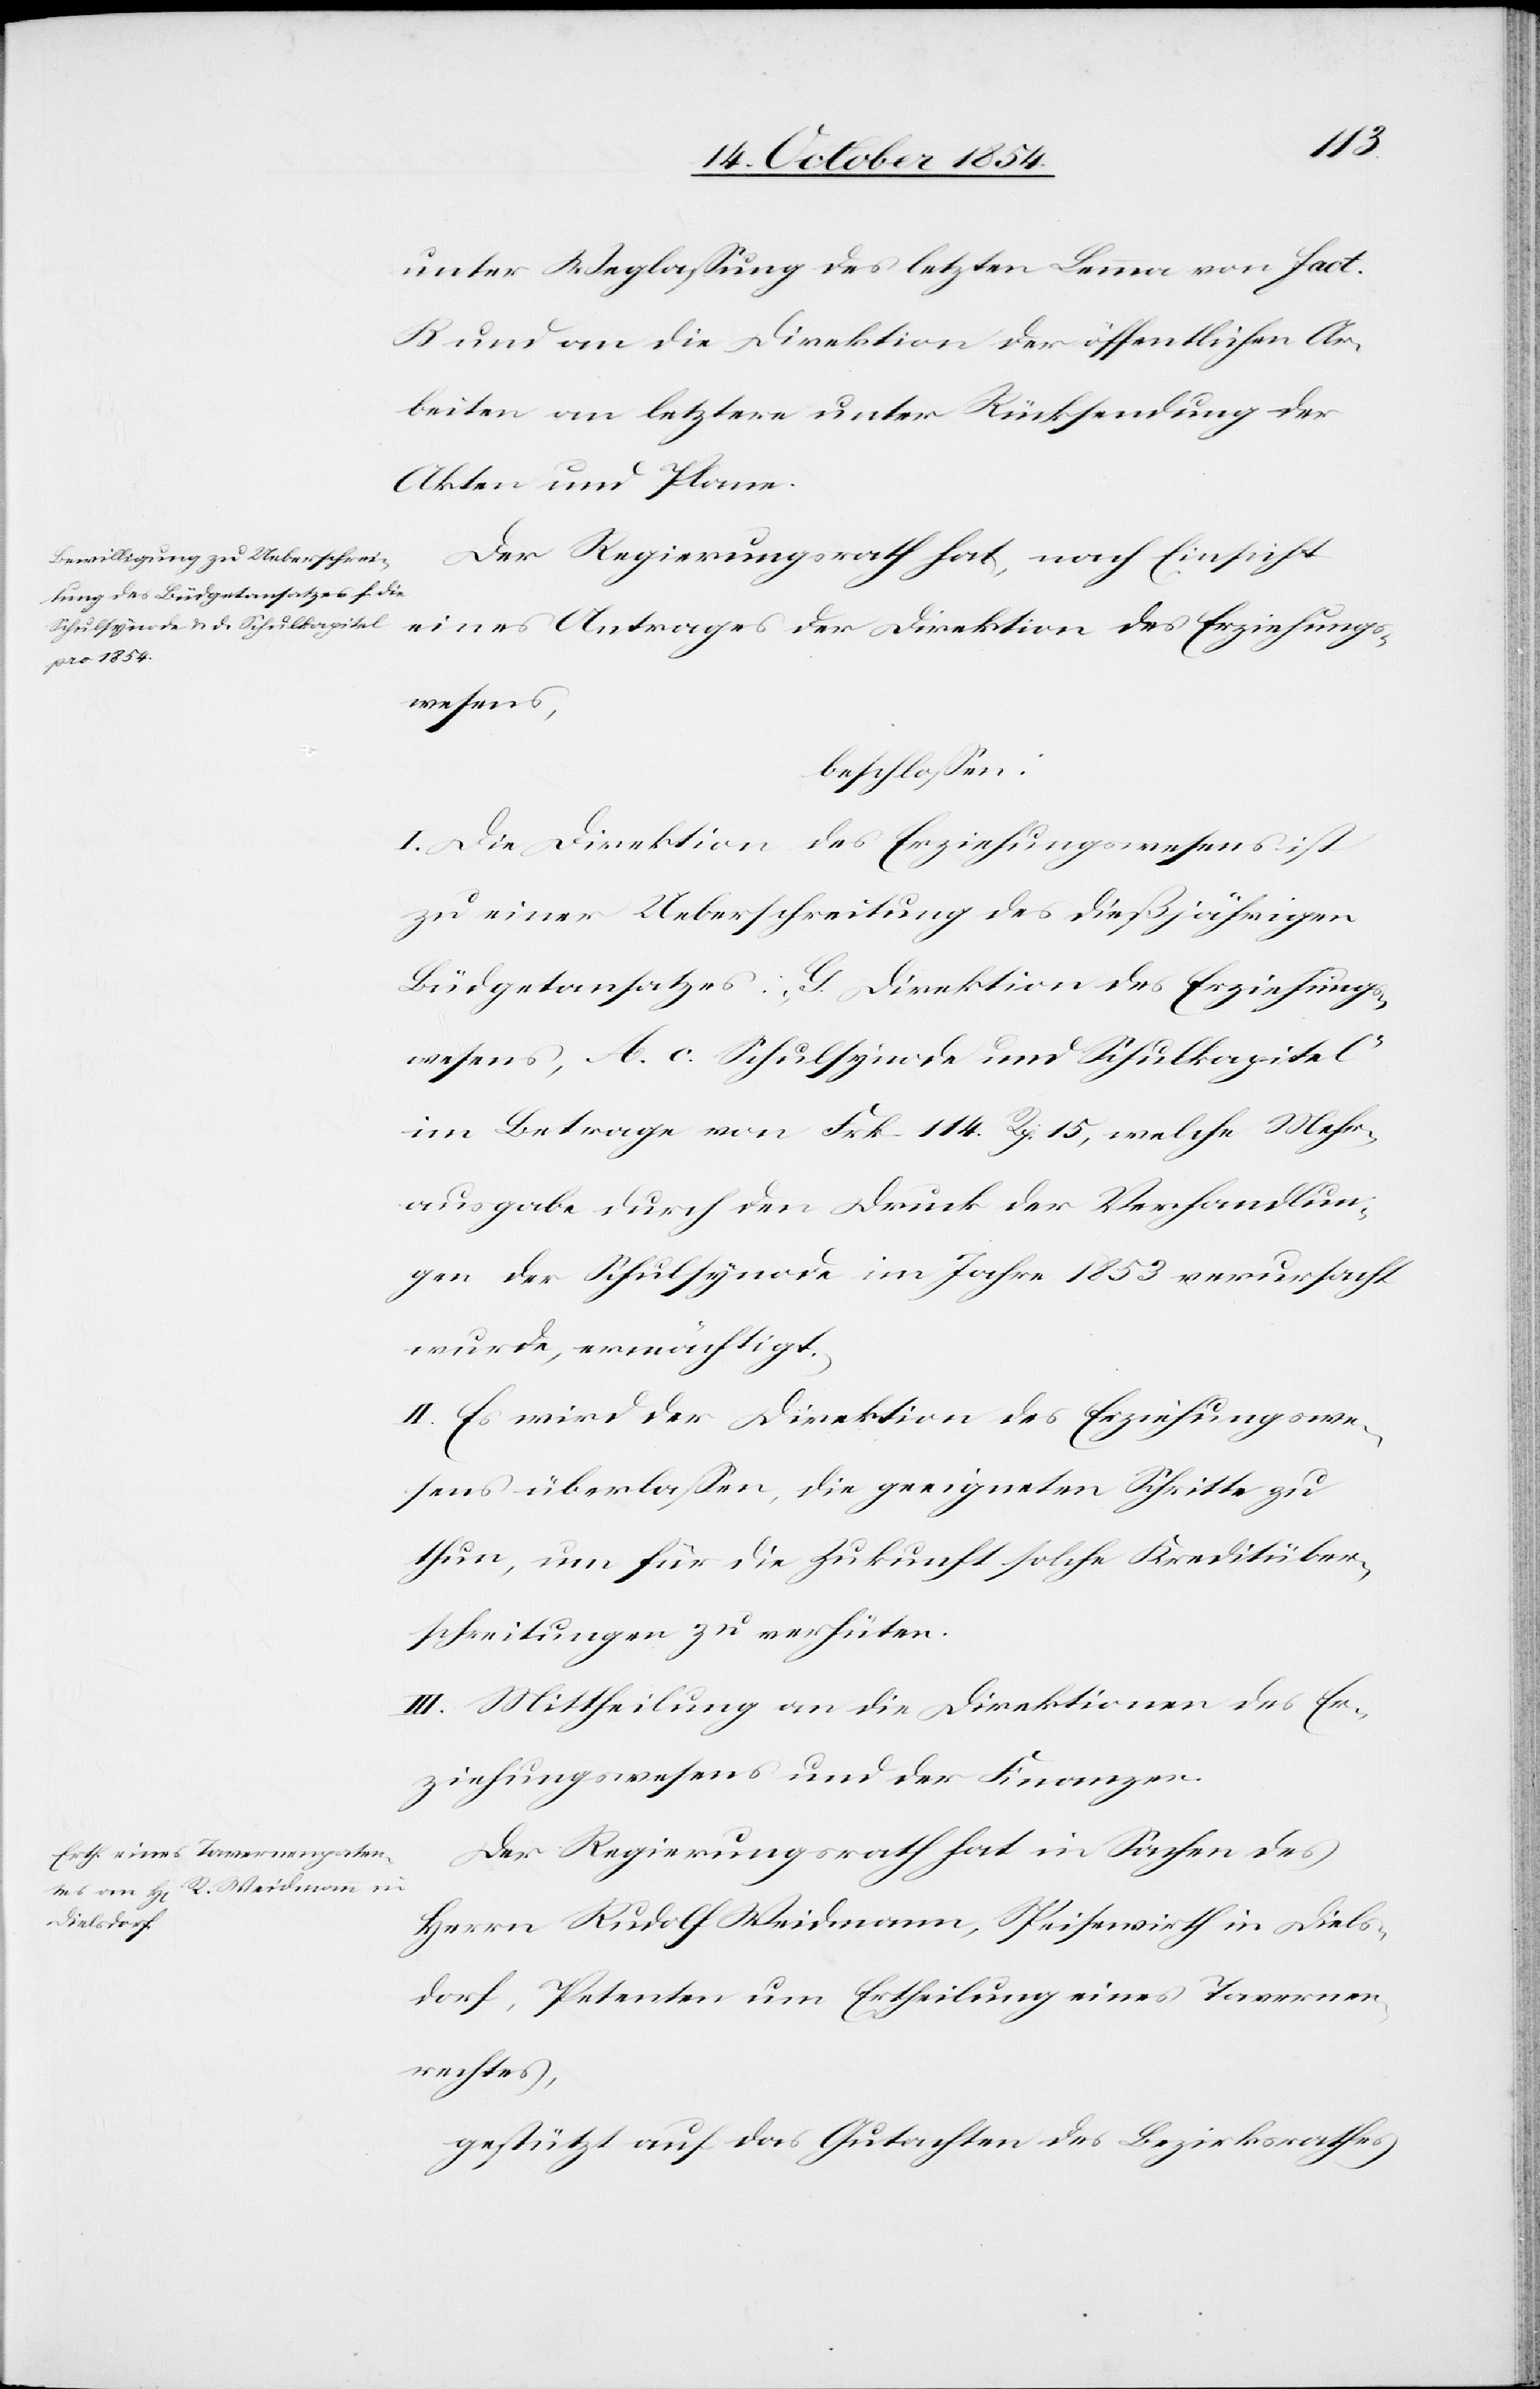
unter Weglaßung des letzten Lemma von fact.
B und an die Direktion der öffentlichen Ar¬
beiten an letztere unter Rücksendung der
Akten und Plane.
Der Regierungsrath hat, nach Einsicht
eines Antrages der Direktion des Erziehungs¬
wesens,
beschloßen:
I. Die Direktion des Erziehungswesens ist
zu einer Ueberschreitung des dießjährigen
Büdgetansatzes: „G. Direktion des Erziehungs¬
wesens, A. c. Schulsynode und Schulkapitel“
im Betrage von Frk. 114. Rp. 15, welche Mehr¬
ausgabe durch den Druck der Verhandlun¬
gen der Schulsynode im Jahre 1853 verursacht
wurde, ermächtigt.
II. Es wird der Direktion des Erziehungswe¬
sens überlaßen, die geeigneten Schritte zu
thun, um für die Zukunft solche Kreditüber¬
schreitungen zu verhüten.
III. Mittheilung an die Direktionen des Er¬
ziehungswesens und der Finanzen.
Der Regierungsrath hat in Sachen des
Herrn Rudolf Weidmann, Speisewirth in Diels¬
dorf, Petenten um Ertheilung eines Tavernen¬
rechtes,
gestützt auf das Gutachten des Bezirksrathes